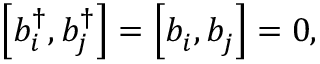
\left[ b _ { i } ^ { \dagger } , b _ { j } ^ { \dagger } \right] = \left[ b _ { i } ^ { \, } , b _ { j } ^ { \, } \right] = 0 ,